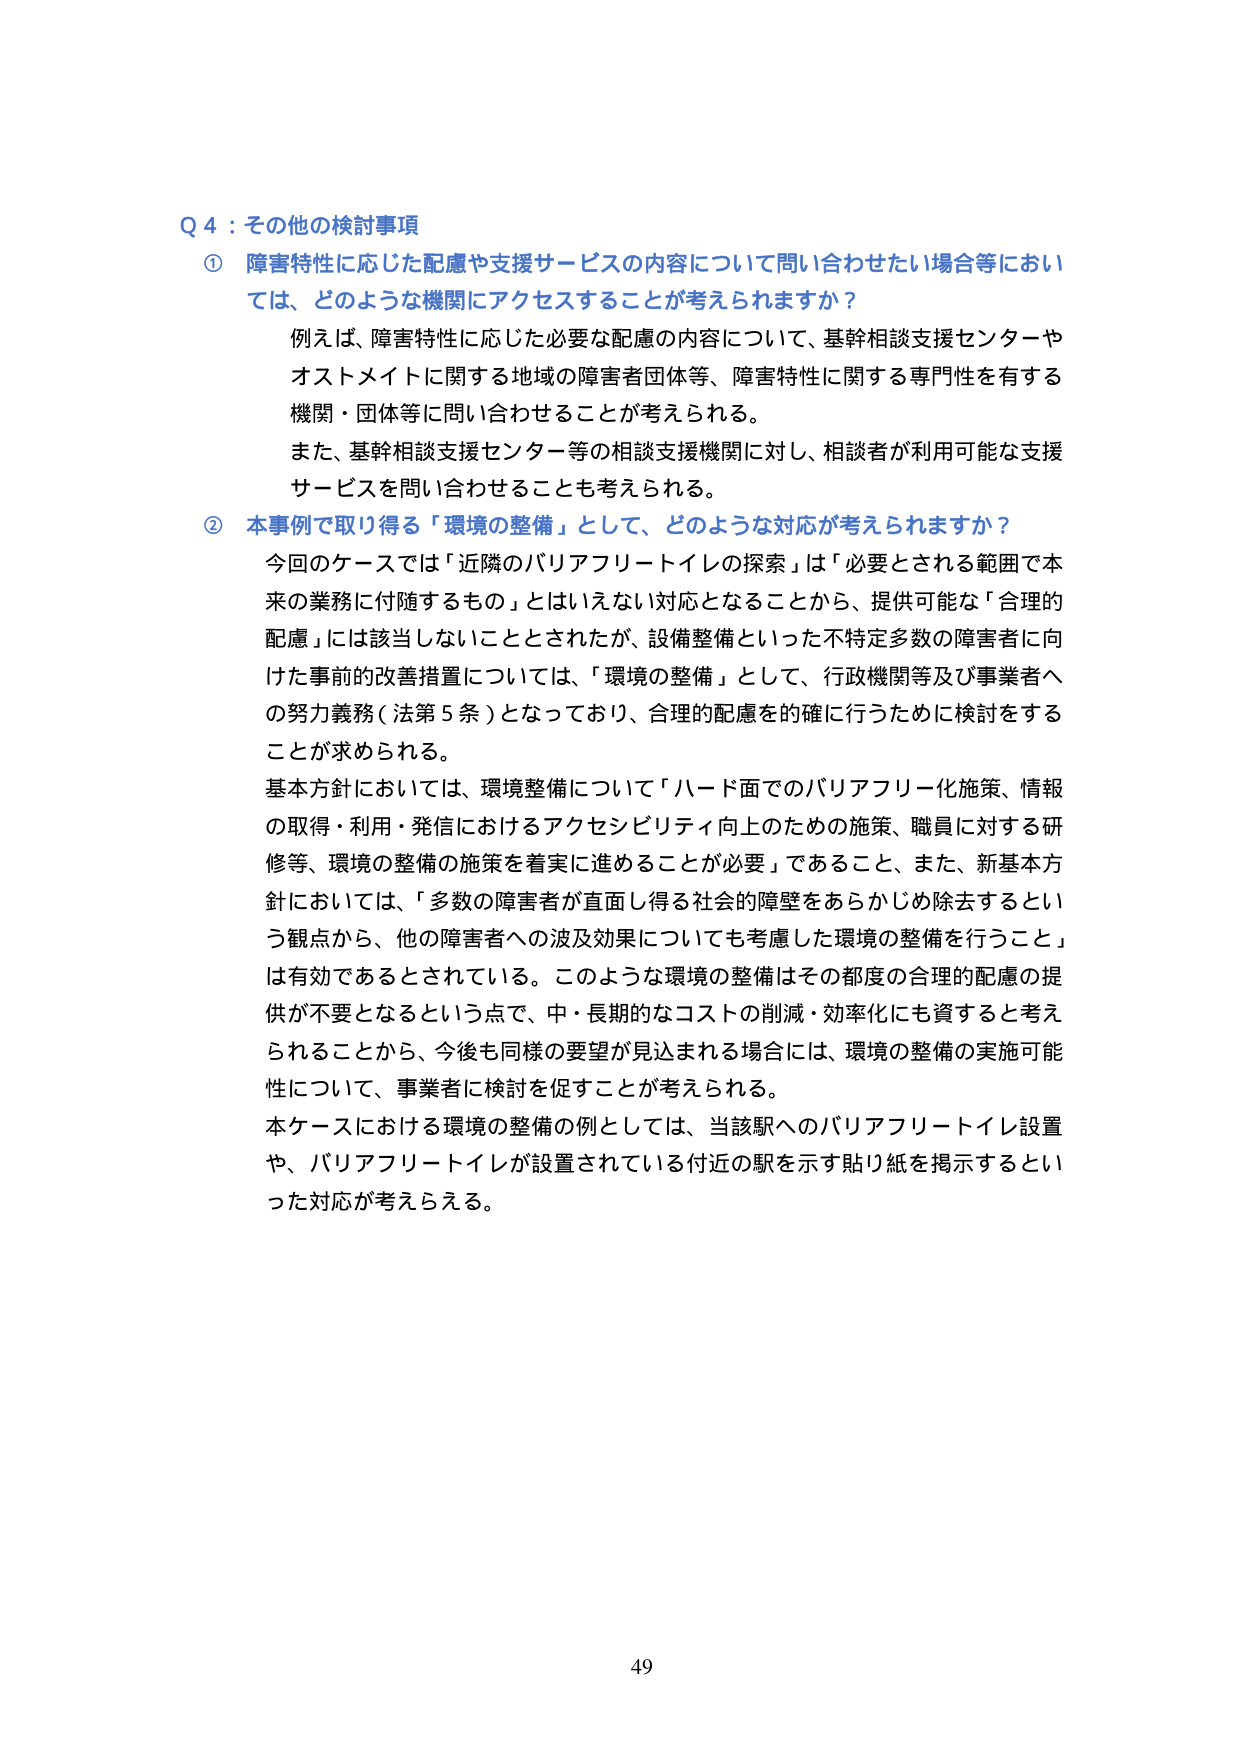
Q 4：その他の検討事項
① 障害特性に応じた配慮や支援サービスの内容について問い合わせたい場合等においては、どのような機関にアクセスすることが考えられますか？
　例えば、障害特性に応じた必要な配慮の内容について、基幹相談支援センターやオストメイトに関する地域の障害者団体等、障害特性に関する専門性を有する機関・団体等に問い合わせることが考えられる。
　また、基幹相談支援センター等の相談支援機関に対し、相談者が利用可能な支援サービスを問い合わせることも考えられる。
② 本事例で取り得る「環境の整備」として、どのような対応が考えられますか？
　今回のケースでは「近隣のバリアフリートイレの探索」は「必要とされる範囲で本来の業務に付随するもの」とはいえない対応となることから、提供可能な「合理的配慮」には該当しないこととされたが、設備整備といった不特定多数の障害者に向けた事前の改善措置については、「環境の整備」として、行政機関等及び事業者への努力義務（法第5条）となっており、合理的配慮を的確に行うために検討することが求められる。
　基本方針においては、環境整備について「ハード面でのバリアフリー化施策、情報の取得・利用・発信におけるアクセシビリティ向上のための施策、職員に対する研修等、環境の整備の施策を着実に進めることが必要」であること、また、新基本方針においては、「多数の障害者が直面し得る社会的障壁をあらかじめ除去するという観点から、他の障害者への波及効果についても考慮した環境の整備を行うこと」は有効であるとされている。このような環境の整備はその都度の合理的配慮の提供が不要となるという点で、中・長期的なコストの削減・効率化にも資すると考えられることから、今後も同様の要望が見込まれる場合には、環境の整備の実施可能性について、事業者に検討を促すことが考えられる。
　本ケースにおける環境の整備の例としては、当該駅へのバリアフリートイレ設置や、バリアフリートイレが設置されている付近の駅を示す貼り紙を掲示するといった対応が考えられる。
49